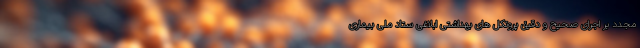
مجدد بر اجرای صحیح و دقیق پروتکل های بهداشتی ابلاغی ستاد ملی بیماری